65_HS1-834228961_62-HQ-83894_Section_9
Agency: FBI
Page 131
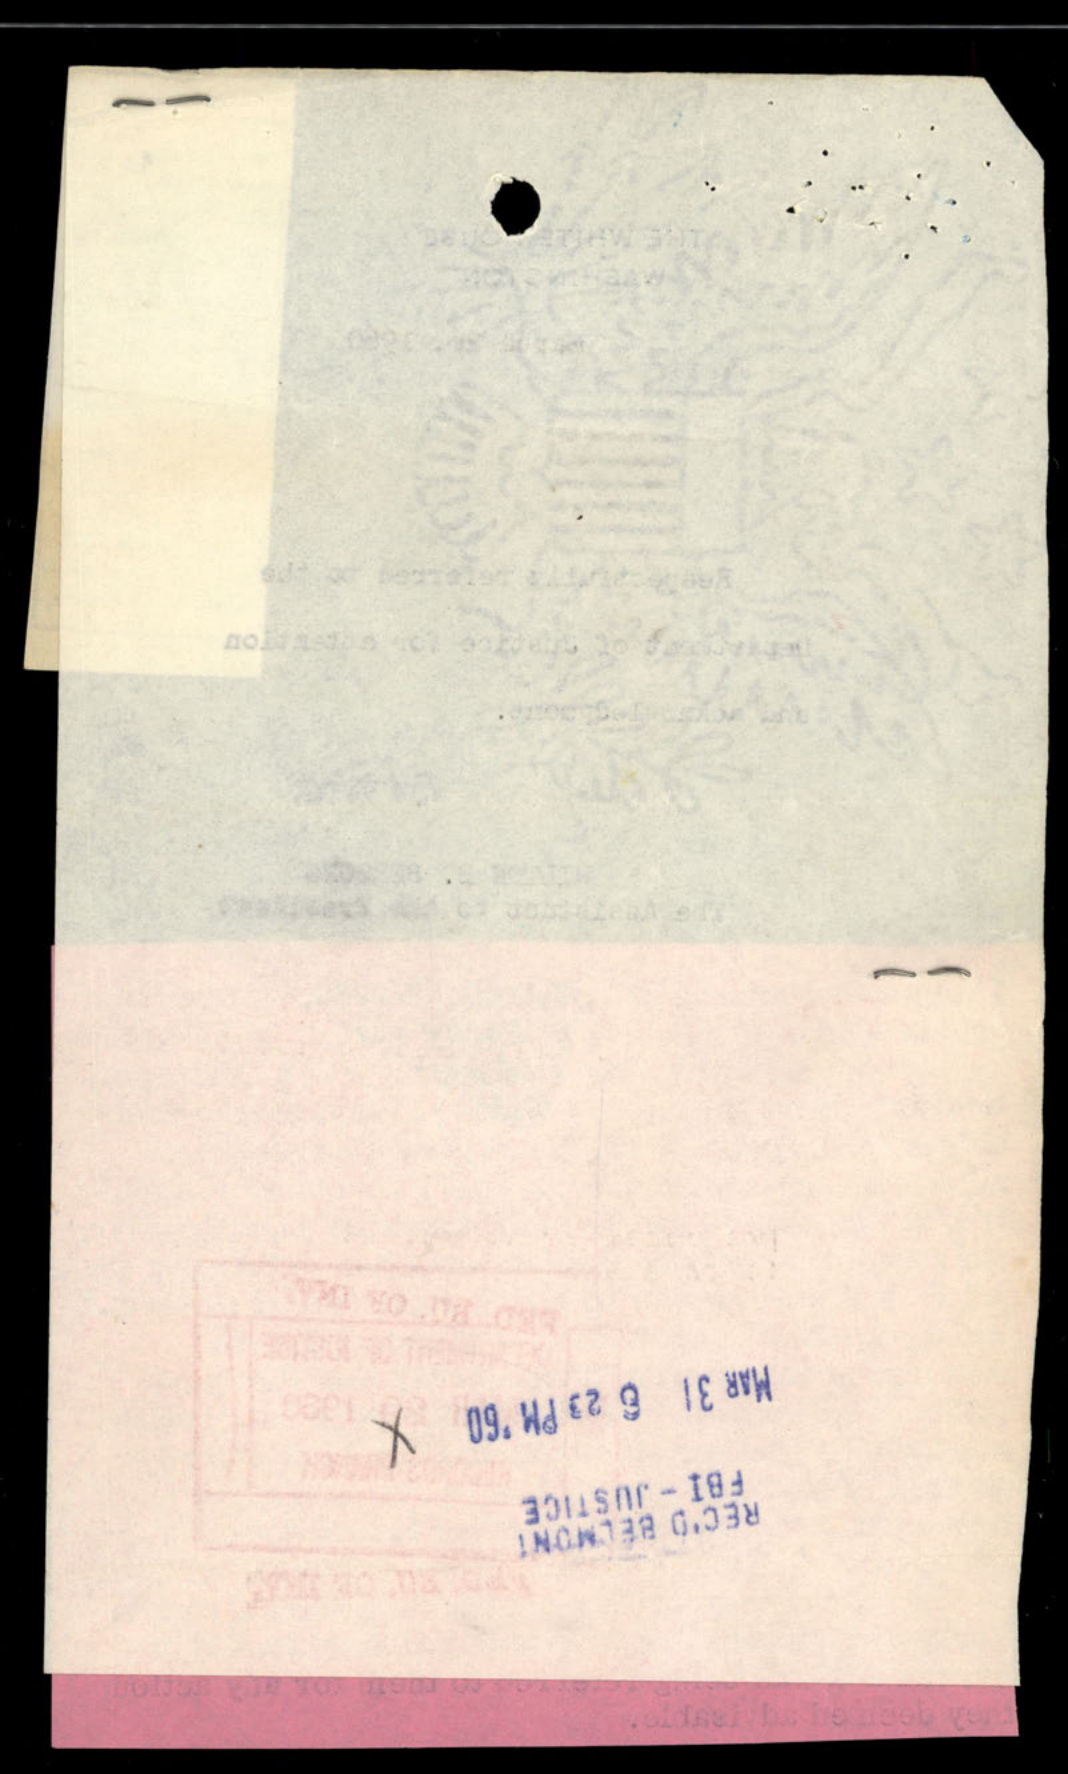